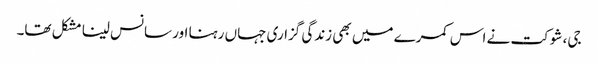
جی، شوکت نے اس کمرے میں بھی زندگی گزاری جہاں رہنا اور سانس لینا مشکل تھا۔